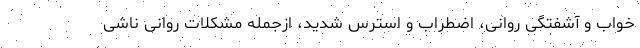
خواب و آشفتگی روانی، اضطراب و استرس شدید، ازجمله مشکلات روانی ناشی